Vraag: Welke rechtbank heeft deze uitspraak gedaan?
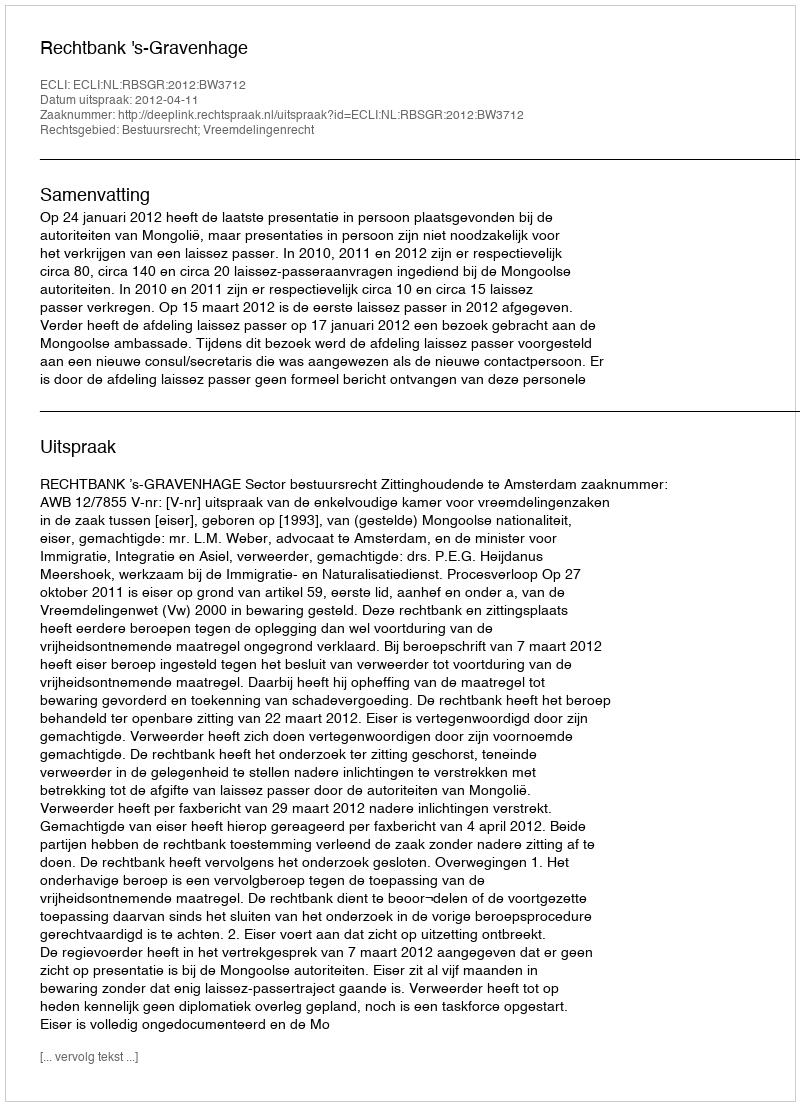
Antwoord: Rechtbank 's-Gravenhage